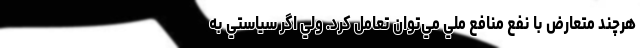
هرچند متعارض با نفع منافع ملي مي‌توان تعامل کرد. ولي اگر سياستي به